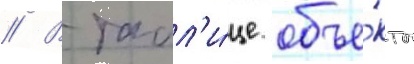
// В табл'и́це объе́кты